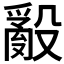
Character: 𭯁